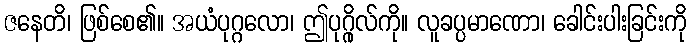
ဇနေတိ၊ ဖြစ်စေ၏။ အယံပုဂ္ဂလော၊ ဤပုဂ္ဂိုလ်ကို။ လူခပ္ပမာဏော၊ ခေါင်းပါးခြင်းကို